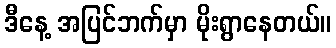
ဒီနေ့ အပြင်ဘက်မှာ မိုးရွာနေတယ်။